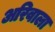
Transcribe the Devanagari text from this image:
अरिवाला